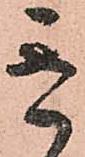
き